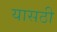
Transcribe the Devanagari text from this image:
यासठी